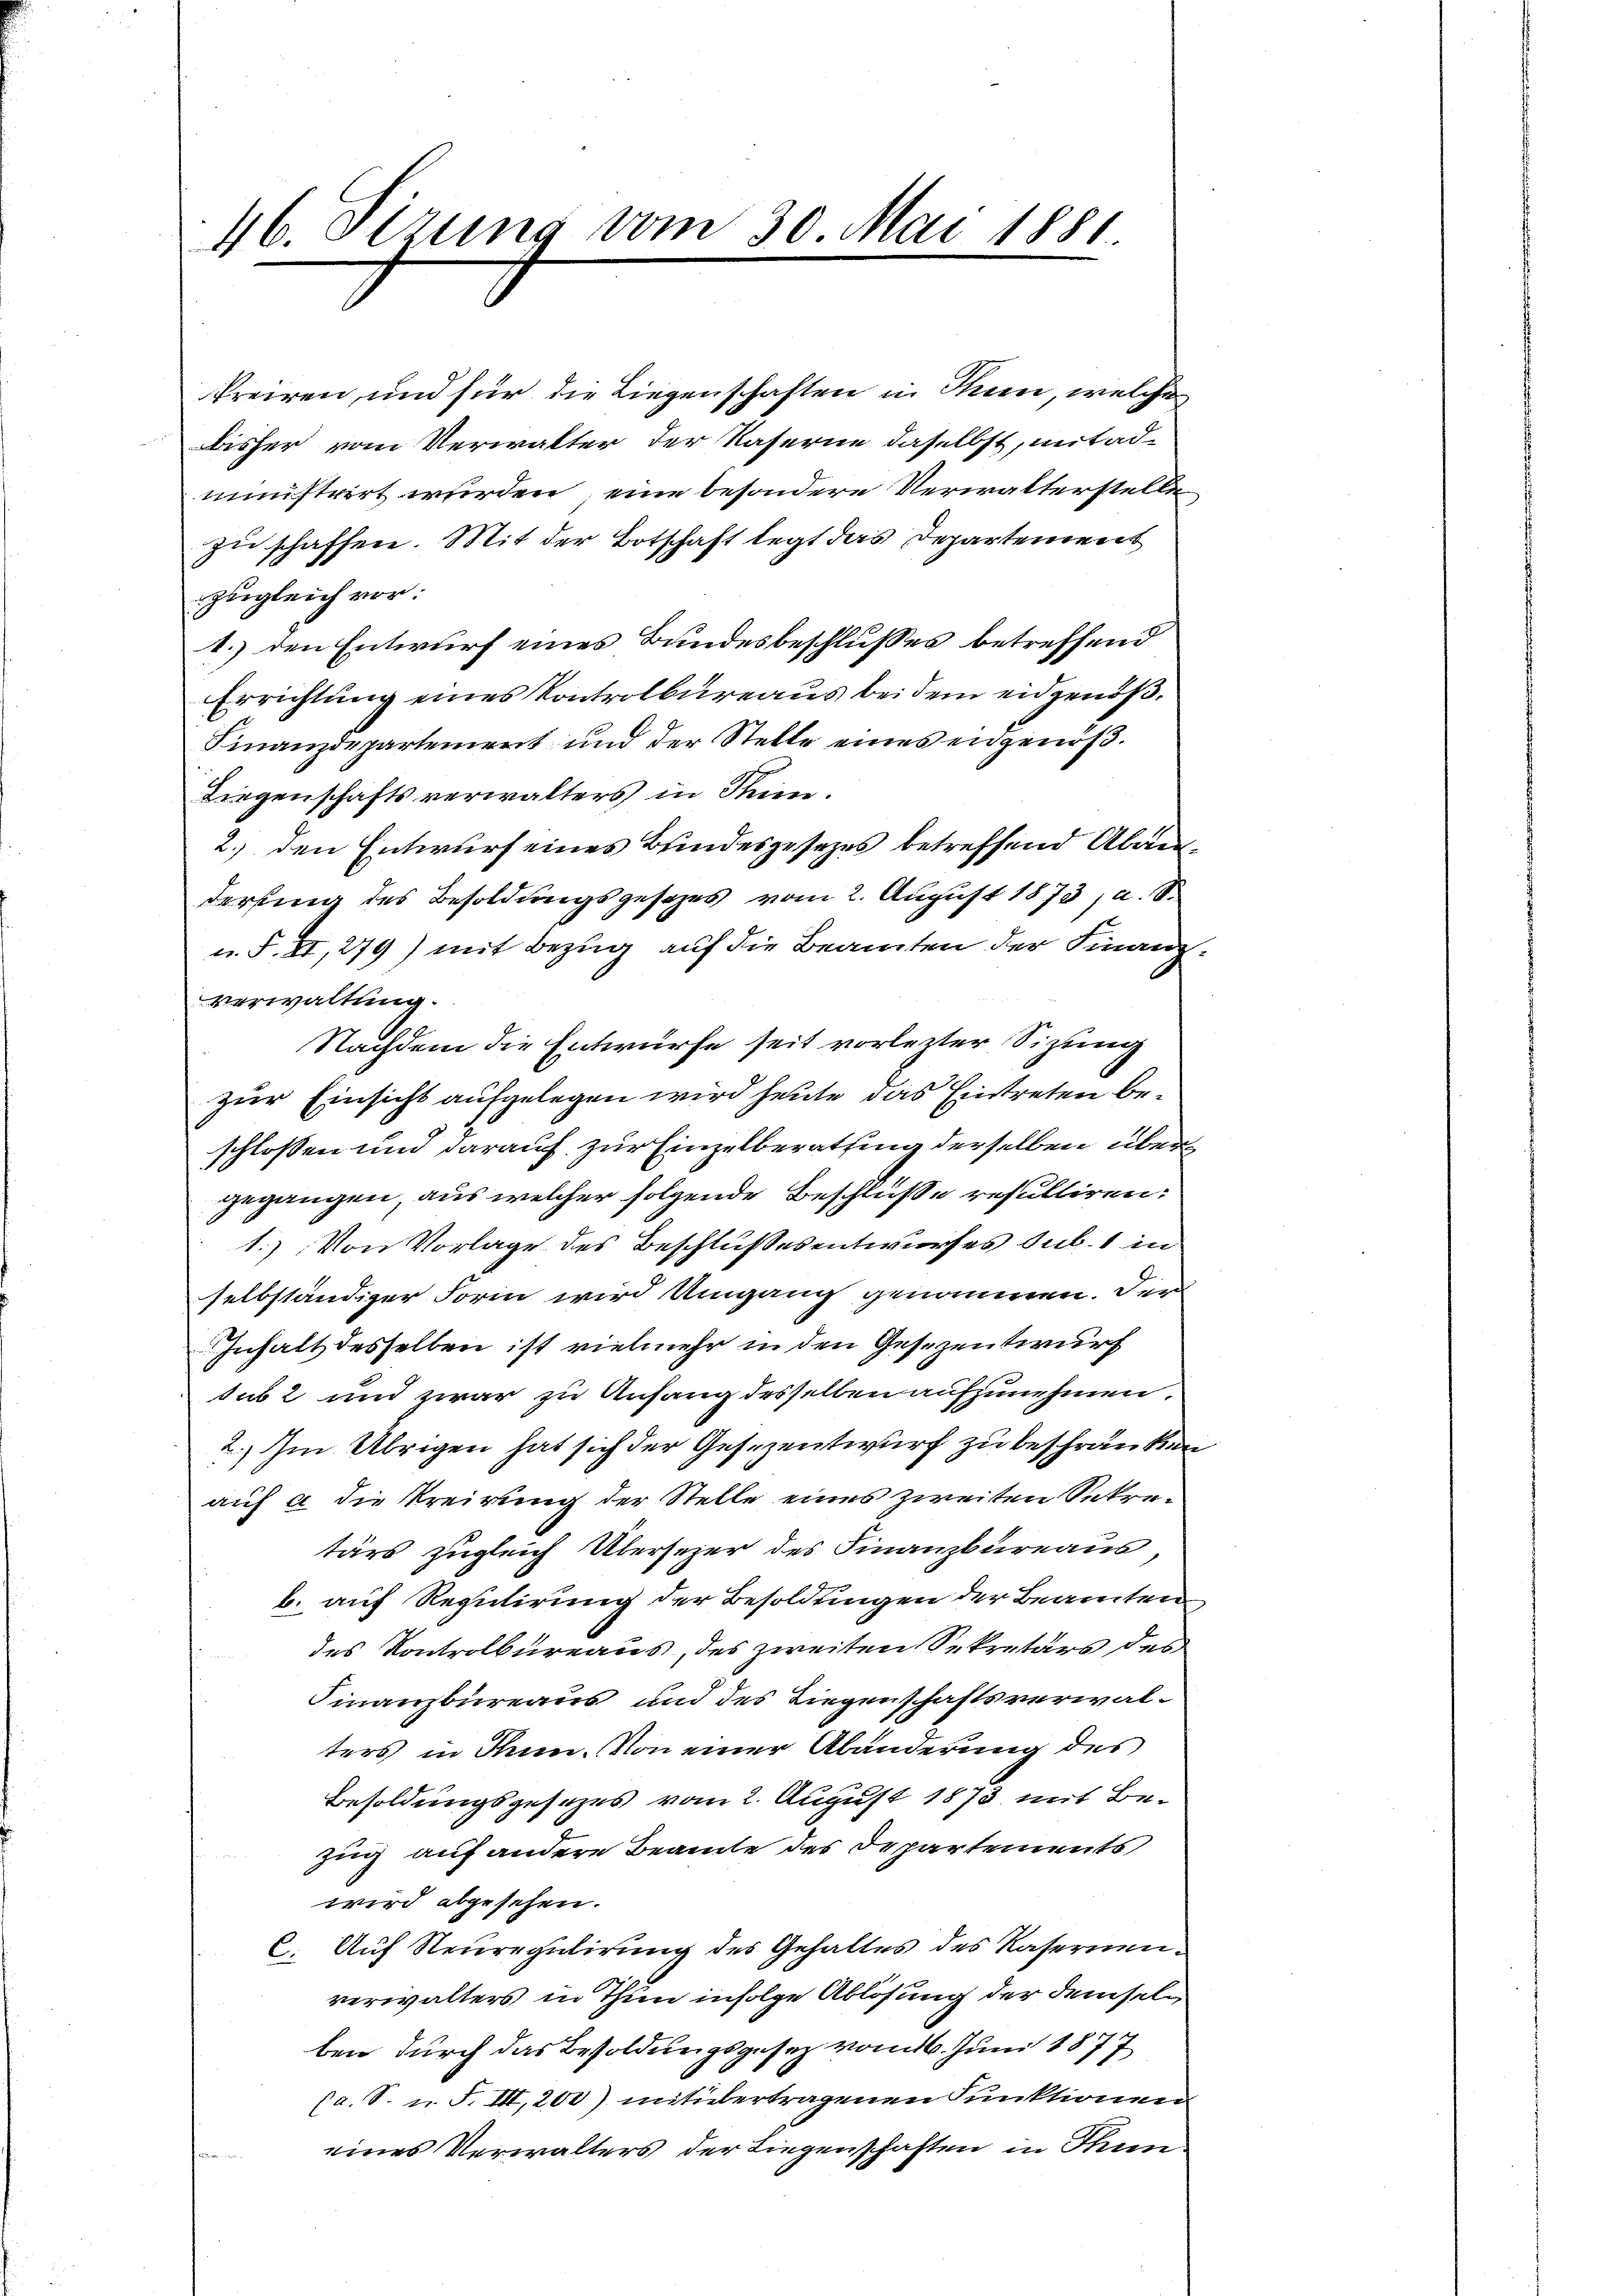
46. Sizung vom 30. Mai 1881

kreiren, und für die Liegenschaften in Huen, welche
bisher vom Verwalter der Vaserne daselbst, mit administrirt werden eine besondere Verwalterstelle
zu schaffen. Mit der Botschaft legt das Departement
Zugleich vor:
1.) den Entwurf eines Bundesbeschlußes betreffend
Errichtung eines Kontrolbureaus bei dem eidgenöß¬
Finanzdepartement und der Stelle eines engenoß¬
Liegenschaftsverwalters in Steine.
2.) den Entwurf eines Bundesgesezes betreffend Abänderfung des Besoldungsgesezes vom 2. August 1873, a. S.
u. F. II, 279) mit Bezug auf die Beamten der Finanzverwaltung.
Nachdem die Entwürfe seit vorlezter Sitzung
zur Einsicht aufgelegen wird heute das Eintreten beschlossen und darauf zur Einzelberathung derselben übergegangen, aus welcher folgende Beschluße resultiren:
1.) Von Vorlage des Beschlußesentwurfes sub. 1 in
selbständiger Form wird Umgang genommen. Der
Inhalt desselben ist vielmehr in den Gesezentwurf
sub 2 und zwar zu Anfang desselben aufzunehmen.
2.) Im Übrigen hat sich der Gesezentwurf zu beschränken
auf a die Kreirung der Stelle eines zweiten Sekretärs zugleich Übersezer des Finanzbureaus,
b. auf Regulirung der Besoldungen der Beamten
des Kontrolbureaus, des zweiten Sekretärs des
Finanzbüreaus und des Liegenschaftsverwalters in Thun. Von einer Abänderung des
Besoldungsgesezes vom 2. August 1873 mit Bezug auf andere Beamte des Departements
wird abgesehen.
6. Auf Neuregulirung des Gehaltes des Kasernenverwalters in Thun infolge Ablösung der demselben durch das Besoldungsgesetz vom 16. Juni 1877
Ca. S. u. F. III, 200) mit übertragenen Funktionen
eines Verwalters der Liegenschaften in Thun